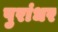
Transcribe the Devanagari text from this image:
पुरांधर